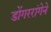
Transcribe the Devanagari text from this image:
डोंगररांगेने